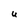
Character: U